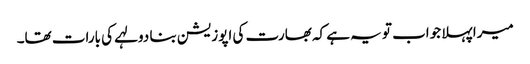
میرا پہلا جواب تو یہ ہے کہ بھارت کی اپوزیشن بنا دولہے کی بارات تھا۔